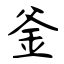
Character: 釜